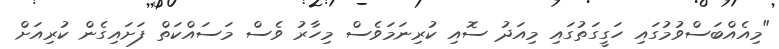
"މިއެއްބަސްވުމުގައި ހަގީގަތުގައި މިއަދު ސޮއި ކުރިނަމަވެސް މިހާރު ވެސް މަސައްކަތް ފަށައިގެން ކުރިއަށް